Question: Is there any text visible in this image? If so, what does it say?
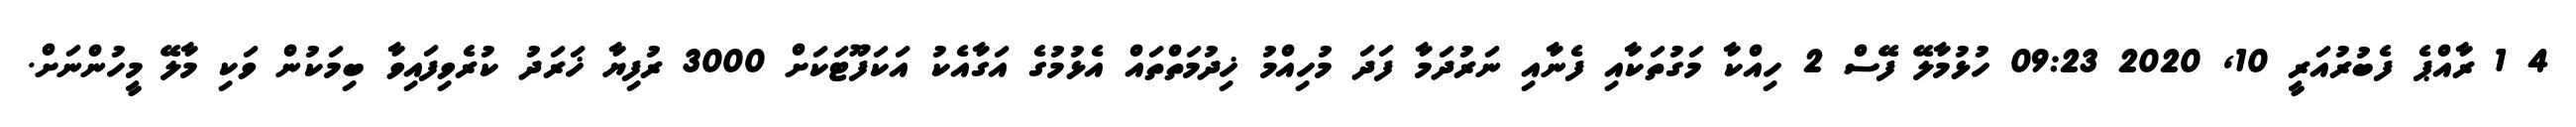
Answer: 4 1 ރާއްޕެ ފެބުރުއަރީ 10, 2020 09:23 ހުޅުމާލޭ ފޭސް 2 ހިއްކާ މަގުތަކާއި ފެނާއި ނަރުދަމާ ފަދަ މުހިއްމު ޚިދުމަތްތައް އެޅުމުގެ އަގާއެކު އަކަފޫޓަކަށް 3000 ރުފިޔާ ޚަރަދު ކުރެވިފައިވާ ބިމަކުން ވަކި މާލޭ މީހުންނަށް.